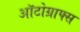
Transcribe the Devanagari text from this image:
ऑटोग्राफ्स